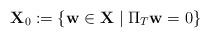
LaTeX: \begin{align*}\mathbf{X}_{0}:=\left\{ \mathbf{w}\in\mathbf{X}\mid\Pi_{T}\mathbf{w}=0\right\} \end{align*}